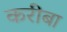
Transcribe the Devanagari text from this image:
करीबा